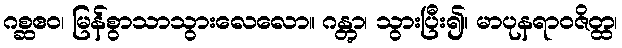
ဂစ္ဆဧဝ၊ မြန်စွာသာသွားလေလော။ ဂန္တွာ၊ သွားပြီး၍။ မာပုနရာဝဇိတ္ထ၊